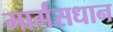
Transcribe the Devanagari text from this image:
मार्गसधान